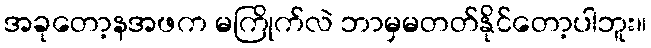
အခုတော့နအဖက မကြိုက်လဲ ဘာမှမတတ်နိုင်တော့ပါဘူး။